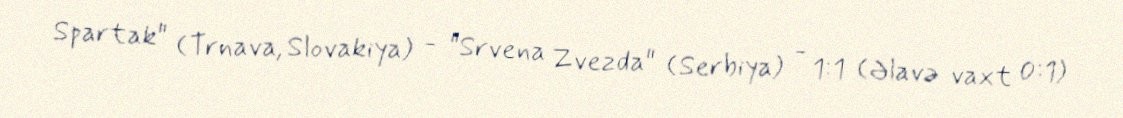
Spartak" (Trnava, Slovakiya) - "Srvena Zvezda" (Serbiya) - 1:1 (Əlavə vaxt 0:1)